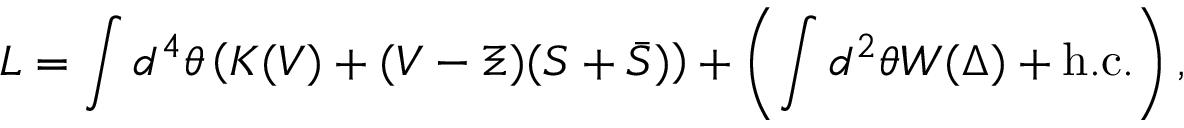
{ \cal L } = \int d ^ { 4 } \theta \left( K ( V ) + ( V - \Xi ) ( S + \bar { S } ) \right) + \left( \int d ^ { 2 } \theta W ( \Delta ) + \mathrm { h . c . } \right) ,